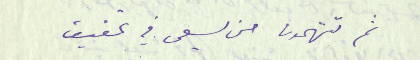
ثم تتهمون من يسعى في تحقيق